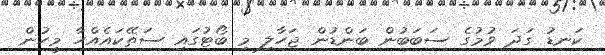
ކަނޑު ގަދަ ވުމުގެ ސަބަބުން ބަންޑުން ޖަހާލި މި ބޯޓުގައި ސަތޭކައެއްހާ މީހުން